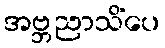
အဗ္ဘညာသိံပေ